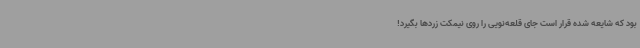
بود که شایعه شده قرار است جای قلعه‌نویی را روی نیمکت زردها بگیرد!